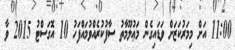
11:00 އަށް މިމަރުކަޒަށް ވަޑައިގެން މަޢުލޫމާތު ސާފުކުރެއްވުމައްފަހު 10 އޮގަސްޓު 2015 ވާ